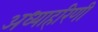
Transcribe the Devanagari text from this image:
अध्याहरिणी